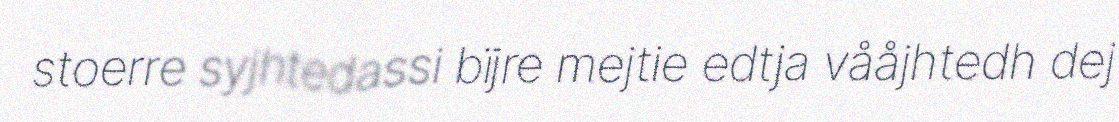
stoerre syjhtedassi bïjre mejtie edtja vååjhtedh dej